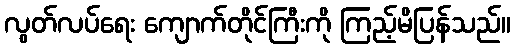
လွတ်လပ်ရေး ကျောက်တိုင်ကြီးကို ကြည့်မိပြန်သည်။